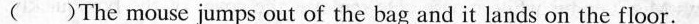
( )The mouse jumps out of the bag and it lands on the floor.